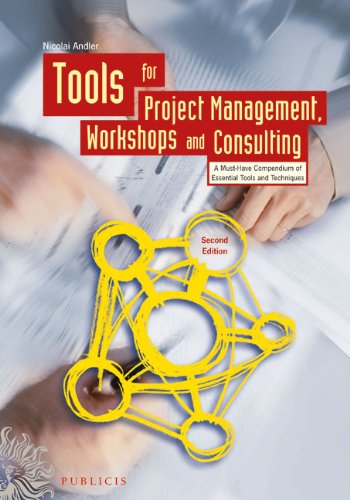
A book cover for Tools for Project Management, Workshops and Consulting: A Must-Have Compendium of Essential Tools and Techniques; Nicolai Andler; Business & Money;